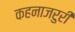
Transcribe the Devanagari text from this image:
कहनाजरुरी